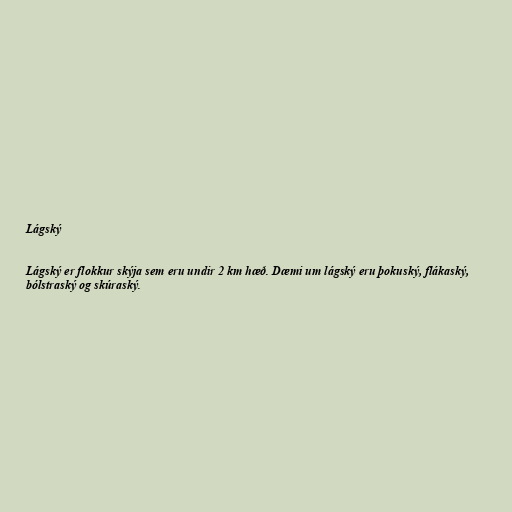
Lágský

Lágský er flokkur skýja sem eru undir 2 km hæð. Dæmi um lágský eru þokuský, flákaský,
bólstraský og skúraský.